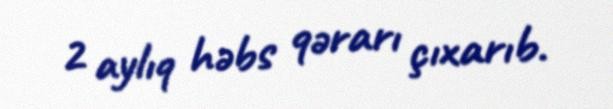
2 aylıq həbs qərarı çıxarıb.